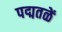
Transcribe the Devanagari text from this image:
पद्मतळें